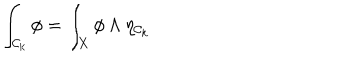
\int _ { { \cal { C } } _ { k } } \phi = \int _ { X } \phi \wedge \eta _ { { \cal { C } } _ { k } }